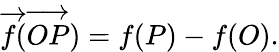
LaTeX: {\overrightarrow{f}}({\overrightarrow{OP}})=f(P)-f(O).